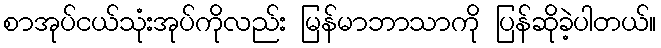
စာအုပ်ငယ်သုံးအုပ်ကိုလည်း မြန်မာဘာသာကို ပြန်ဆိုခဲ့ပါတယ်။